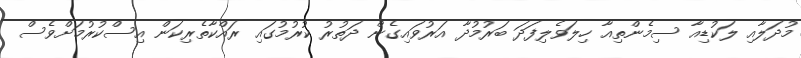
މުދަލާއި ލަކުޑިއާ ސިމެންތިއާ ހިލަވެލިފަދަ ބަރުމުދާ އަރުވައިގެން ދަތުރު ކުރުމުގައި ރައްކާތެރިކަން އިސްކުރުމަށްވެސް